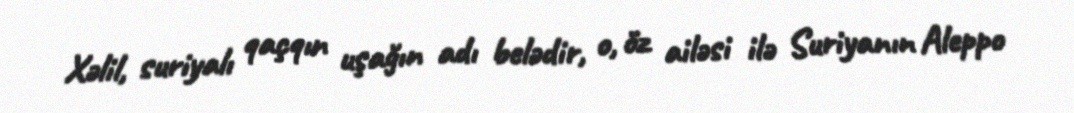
Xəlil, suriyalı qaçqın uşağın adı belədir, o, öz ailəsi ilə Suriyanın Aleppo